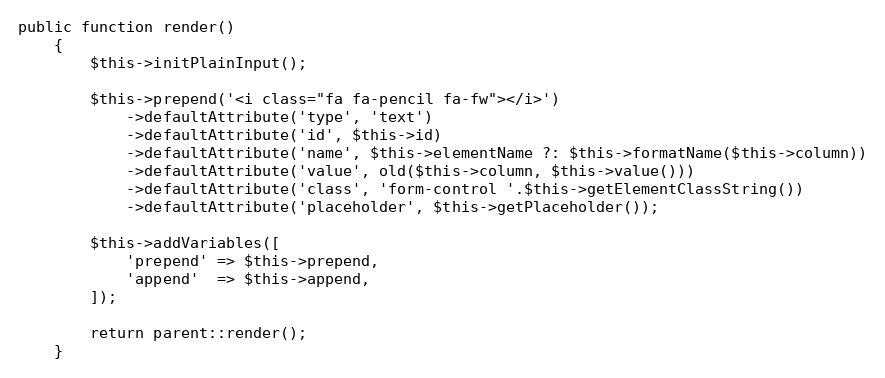
Language: PHP
public function render()
    {
        $this->initPlainInput();

        $this->prepend('<i class="fa fa-pencil fa-fw"></i>')
            ->defaultAttribute('type', 'text')
            ->defaultAttribute('id', $this->id)
            ->defaultAttribute('name', $this->elementName ?: $this->formatName($this->column))
            ->defaultAttribute('value', old($this->column, $this->value()))
            ->defaultAttribute('class', 'form-control '.$this->getElementClassString())
            ->defaultAttribute('placeholder', $this->getPlaceholder());

        $this->addVariables([
            'prepend' => $this->prepend,
            'append'  => $this->append,
        ]);

        return parent::render();
    }